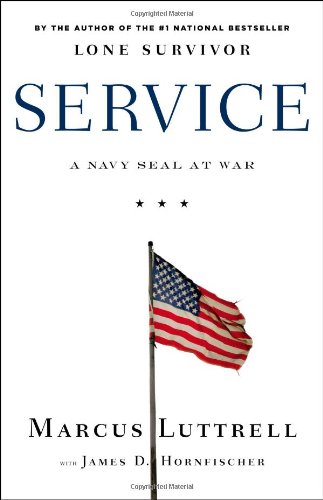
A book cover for Service: A Navy SEAL at War; Marcus Luttrell; History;